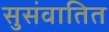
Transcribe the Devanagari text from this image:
सुसंवातित